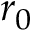
r _ { 0 }